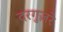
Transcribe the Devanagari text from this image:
दरगुज़रे